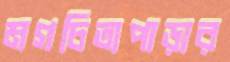
মগচিতাপাড়ার